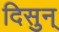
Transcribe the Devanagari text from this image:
दिसुन्